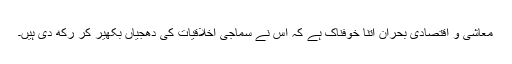
معاشی و اقتصادی بحران اتنا خوفناک ہے کہ اس نے سماجی اخلاقیات کی دھجیاں بکھیر کر رکھ دی ہیں۔